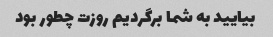
بیایید به شما برگردیم روزت چطور بود